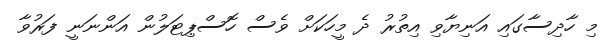
މި ހާދިސާގައި އަނިޔާވި އިތުރު ދެ މީހަކަށް ވެސް ހޮސްޕިޓަލުން އަންނަނީ ފަރުވާ